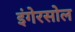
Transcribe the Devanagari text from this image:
इंगेरसोल